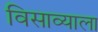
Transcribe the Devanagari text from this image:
विसाव्याला